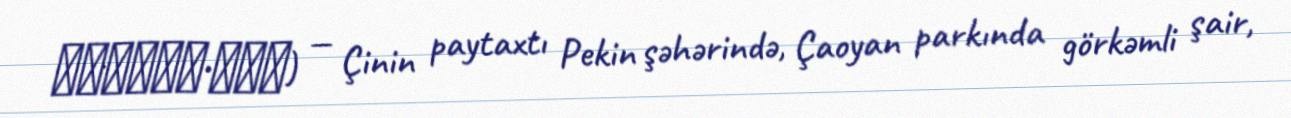
纪念碑尼扎米•甘伽维) — Çinin paytaxtı Pekin şəhərində, Çaoyan parkında görkəmli şair,